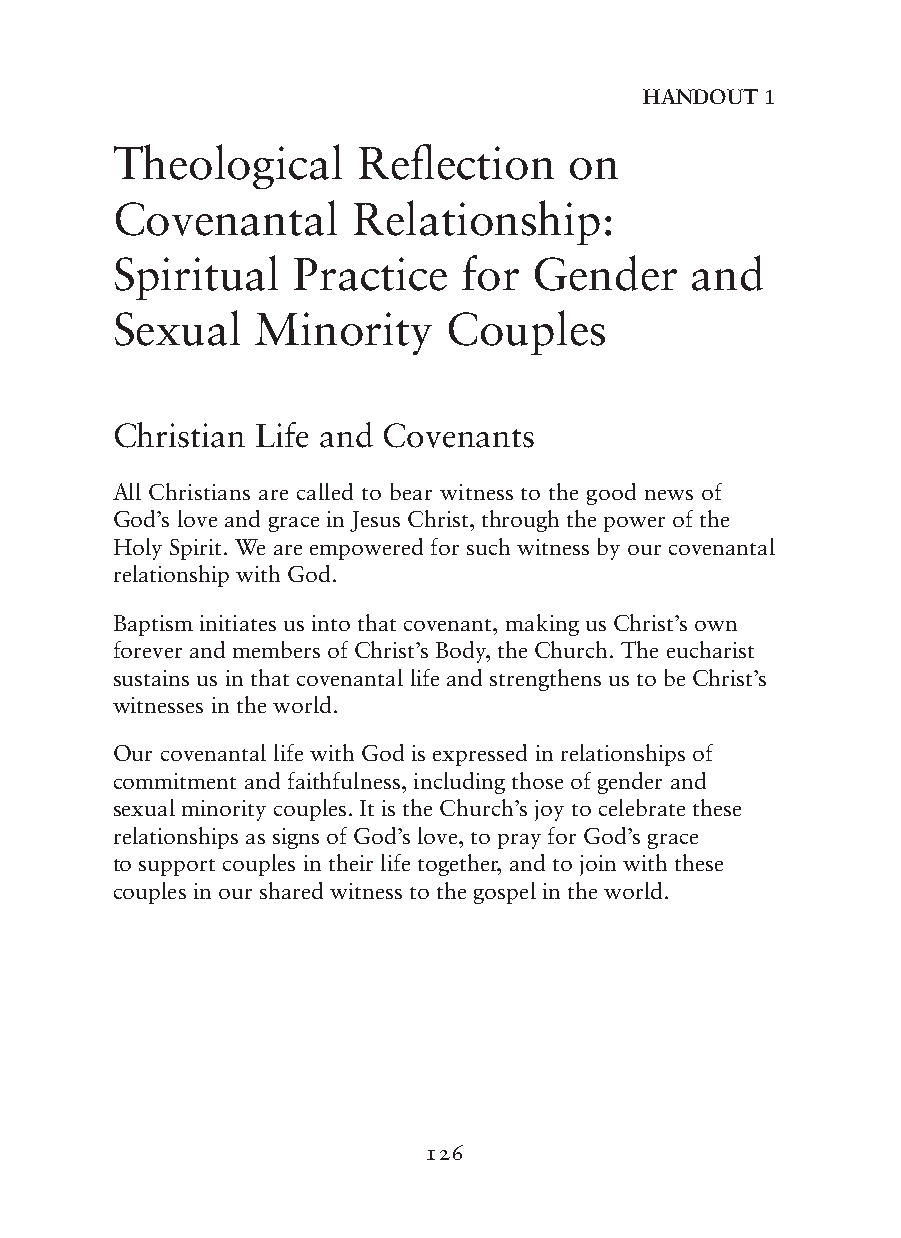
HAnDOUT 1
 Theological      Reflection    on
 Covenantal      Relationship:
 Spiritual   Practice    for Gender     and
 Sexual    Minority     Couples
 Christian Life and Covenants
 All Christians are called to bear witness to the good news of
 God’s love and grace in Jesus Christ, through the power of the
 Holy Spirit. We are empowered for such witness by our covenantal
 relationship with God.
 Baptism initiates us into that covenant, making us Christ’s own
 forever and members of Christ’s Body, the Church. The eucharist
 sustains us in that covenantal life and strengthens us to be Christ’s
 witnesses in the world.
 Our covenantal life with God is expressed in relationships of
 commitment and faithfulness, including those of gender and
 sexual minority couples. It is the Church’s joy to celebrate these
 relationships as signs of God’s love, to pray for God’s grace
 to support couples in their life together, and to join with these
 couples in our shared witness to the gospel in the world.
 126